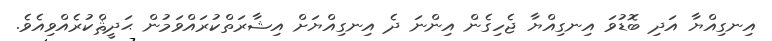
އިނގިއްޔާ އަދި ބޮޑުވަ އިނގިއްޔާ ޖެހިގެން އިންނަ ދެ އިނގިއްޔަށް އިޝާރަތްކުރައްވަމުން ޙަދީޘްކުރެއްވިއެވެ.